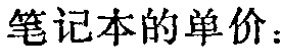
笔记本的单价：